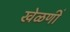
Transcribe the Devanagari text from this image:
खेळणीं